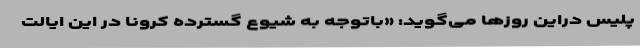
پلیس دراین روزها می‌گوید: «باتوجه به شیوع گسترده کرونا در این ایالت